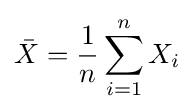
{\bar {X}}={1 \over n}\sum _{i=1}^{n}X_{i}